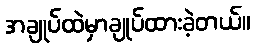
အချုပ်ထဲမှာချုပ်ထားခဲ့တယ်။